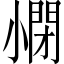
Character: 𡮥